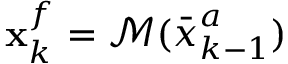
\ensuremath { \mathbf { x } } _ { k } ^ { f } = \mathcal { M } ( \bar { \v x } _ { k - 1 } ^ { a } )